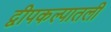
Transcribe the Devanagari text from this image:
द्वीपकल्पातली